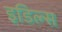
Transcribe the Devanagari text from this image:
इडिल्स